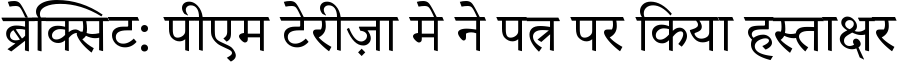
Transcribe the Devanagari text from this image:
ब्रेक्सिट: पीएम टेरीज़ा मे ने पत्र पर किया हस्ताक्षर